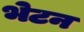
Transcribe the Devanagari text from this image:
भेटन